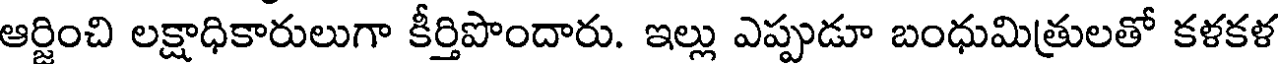
ఆర్జించి లక్షాధికారులుగా కీర్తిపొందారు. ఇల్లు ఎప్పుడూ బంధుమిత్రులతో కళకళ